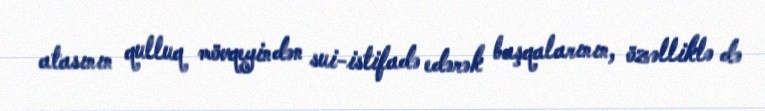
atasının qulluq mövqeyindən sui-istifadə edərək başqalarının, özəlliklə də